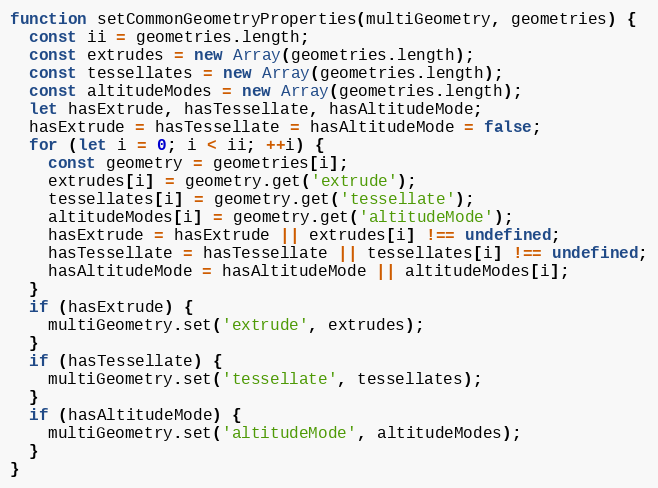
Language: JavaScript
function setCommonGeometryProperties(multiGeometry, geometries) {
  const ii = geometries.length;
  const extrudes = new Array(geometries.length);
  const tessellates = new Array(geometries.length);
  const altitudeModes = new Array(geometries.length);
  let hasExtrude, hasTessellate, hasAltitudeMode;
  hasExtrude = hasTessellate = hasAltitudeMode = false;
  for (let i = 0; i < ii; ++i) {
    const geometry = geometries[i];
    extrudes[i] = geometry.get('extrude');
    tessellates[i] = geometry.get('tessellate');
    altitudeModes[i] = geometry.get('altitudeMode');
    hasExtrude = hasExtrude || extrudes[i] !== undefined;
    hasTessellate = hasTessellate || tessellates[i] !== undefined;
    hasAltitudeMode = hasAltitudeMode || altitudeModes[i];
  }
  if (hasExtrude) {
    multiGeometry.set('extrude', extrudes);
  }
  if (hasTessellate) {
    multiGeometry.set('tessellate', tessellates);
  }
  if (hasAltitudeMode) {
    multiGeometry.set('altitudeMode', altitudeModes);
  }
}